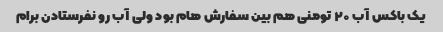
یک باکس آب ۲۰ تومنی هم بین سفارش هام بود ولی آب رو نفرستادن برام